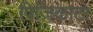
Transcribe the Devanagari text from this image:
पिज़िकाटो